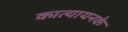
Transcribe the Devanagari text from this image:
कात्यायनके